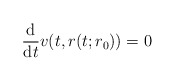
\begin{align*}\frac{\mathrm{d}}{\mathrm{d}t}v(t,r(t;r_{0}))=0\end{align*}